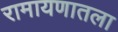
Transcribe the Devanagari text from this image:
रामायणातला